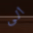
الى